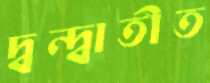
দ্বন্দ্বাতীত